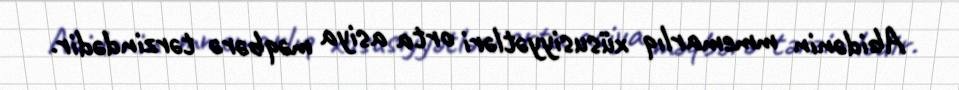
Abidənin mmemarlıq xüsusiyyətləri orta asiya məqbərə tərzindədir.